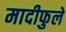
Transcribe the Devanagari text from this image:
मादीफुले